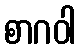
စာဂဝါ